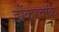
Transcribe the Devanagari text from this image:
डोंकरवॉक